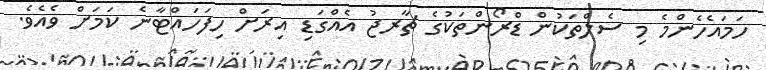
ހަމައެހެންމެ މި ސެލްތަކުން ޑްރޯންތަކުގެ ޗާރޖު އެއްގަޑި އިރަށް ހިފަހައްޓާނެ ކަމަށް ވެއެވެ.